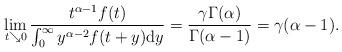
LaTeX: \begin{align*}\lim_{t \searrow 0}\frac{t^{\alpha -1}f(t)}{\int_{0}^{\infty }y^{\alpha-2}f(t+y)\mathrm{d}y}=\frac{\gamma \Gamma (\alpha )}{\Gamma (\alpha -1)}=\gamma (\alpha -1). \end{align*}